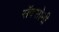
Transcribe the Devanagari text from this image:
सॅक्सोनी